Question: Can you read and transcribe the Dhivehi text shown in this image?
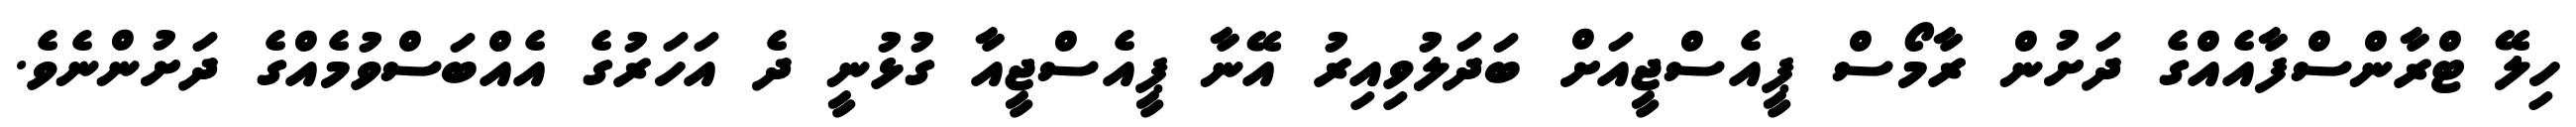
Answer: ހިލޭ ޓްރާންސްފާއެއްގެ ދަށުން ރާމޯސް ޕީއެސްޖީއަށް ބަދަލުވިއިރު އޭނާ ޕީއެސްޖީއާ ގުޅުނީ ދެ އަހަރުގެ އެއްބަސްވުމެއްގެ ދަށުންނެވެ.